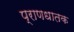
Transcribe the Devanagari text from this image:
प्राणधातक